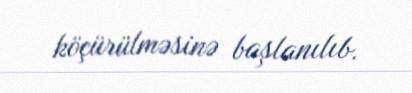
köçürülməsinə başlanılıb.